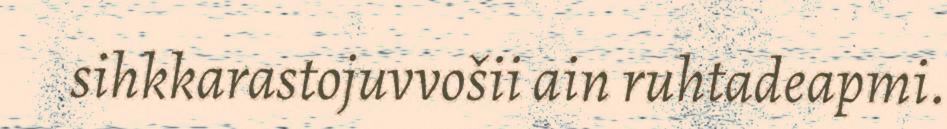
sihkkarastojuvvošii ain ruhtadeapmi.